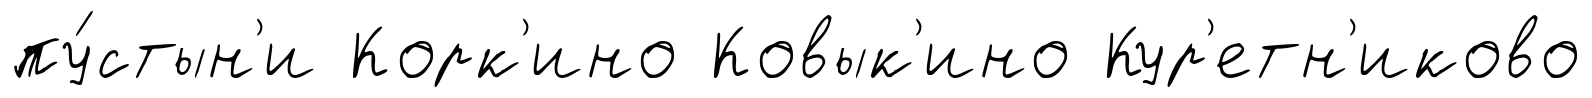
пу́стын'и Корк'ино Ковык'ино Кур'етн'иково